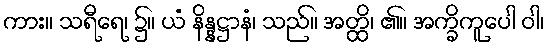
ကား။ သရီရေ၊ ၌။ ယံ နိန္နဋ္ဌာနံ၊ သည်။ အတ္ထိ၊ ၏။ အက္ခိကူပေါ ဝါ၊